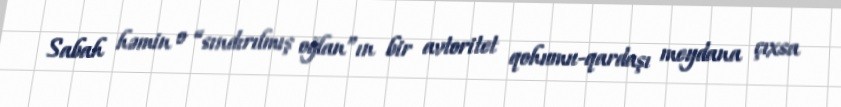
Sabah həmin o “sındırılmış oğlan”ın bir avtoritet qohumu-qardaşı meydana çıxsa